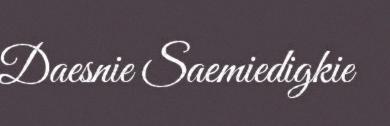
Daesnie Saemiedigkie